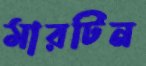
মারটিন